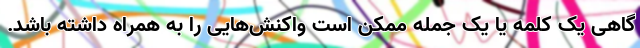
گاهی یک کلمه یا یک جمله ممکن است واکنش‌هایی را به همراه داشته باشد.